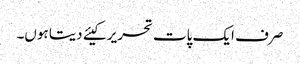
صرف ایک پات تحریر کیئے دیتا ہوں۔